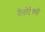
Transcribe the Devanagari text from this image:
वेलोटैक्सी